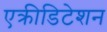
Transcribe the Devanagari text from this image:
एक्रीडिटेशन